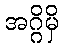
အဂ္ဂိမှိ